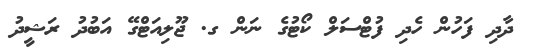
ދާދި ފަހުން ހެދި ފުޓްސަލް ކޯޓުގެ ނަން ގ. ޖޫލިއަޓްގޭ އަބުދު ރަޝީދު